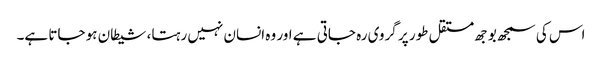
اس کی سمجھ بوجھ مستقل طور پر گروی رہ جاتی ہے اور وہ انسان نہیں رہتا، شیطان ہو جاتا ہے۔